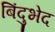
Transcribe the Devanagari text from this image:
बिंदुभेद